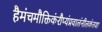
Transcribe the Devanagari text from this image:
हैमंचमौक्तिकंरौप्यंप्रवालंनीलकंतथा